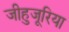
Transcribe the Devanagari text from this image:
जीहुजूरिया